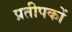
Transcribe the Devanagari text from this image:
प्रतीपकों